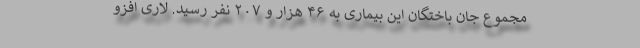
مجموع جان باختگان این بیماری به ۴۶ هزار و ۲۰۷ نفر رسید. لاری افزو